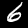
Digit: 6